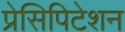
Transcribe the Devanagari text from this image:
प्रेसिपिटेशन